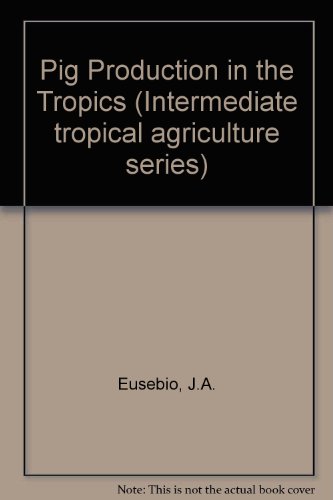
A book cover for Pig Productions in the Tropics (Intermediate Tropical Agriculture Series); J. A. Eusebio; Science & Math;